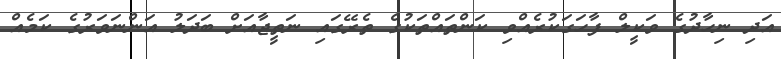
އަދި ނިހާދުގެ ވަކީލް ފާހަގަކުރެއްވި ކަންތައްތަކުގެ ތެރޭގައި ނަތީޖާއަށް ބަދަލު އަންނަވަރުގެ ކަމެއް